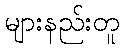
များနည်းတူ